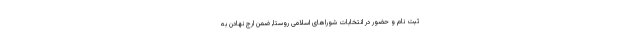
ثبت نام و حضور در انتخابات شوراهای اسلامی روستا, ضمن ارج نهادن به